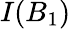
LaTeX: I(B_{1})